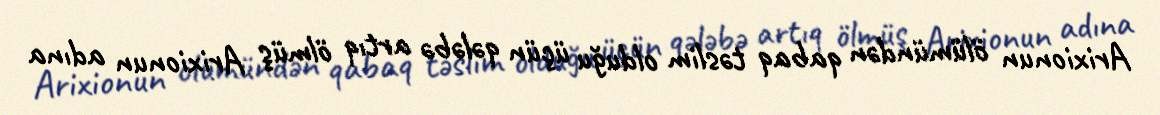
Arixionun ölümündən qabaq təslim olduğu üçün qələbə artıq ölmüş Arixionun adına